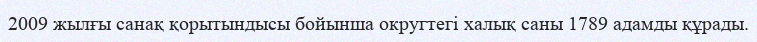
2009 жылғы санақ қорытындысы бойынша округтегі халық саны 1789 адамды құрады.